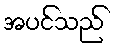
အပင်သည်